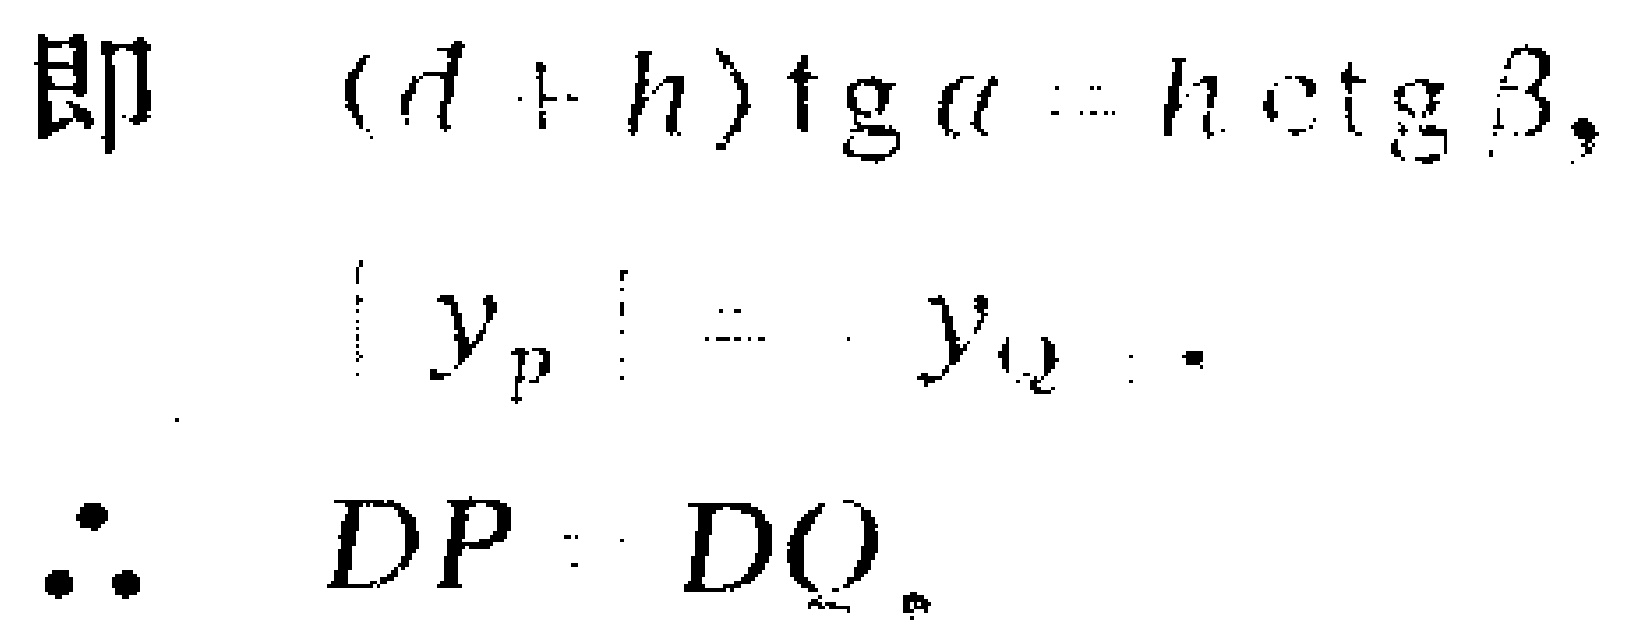
即 \((d + h)\mathrm{tg}\alpha = h\mathrm{ctg}\beta,\)
\(\vert y_{p}\vert = y_{Q}.\)
\(\therefore DP = DQ.\)